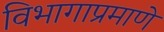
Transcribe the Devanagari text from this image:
विभागाप्रमाणे